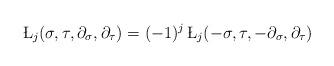
LaTeX: \begin{align*} \L_{j} (\sigma, \tau, \partial_\sigma, \partial_\tau)=(-1)^j \,\L_{j} (-\sigma, \tau, -\partial_\sigma, \partial_\tau)\end{align*}